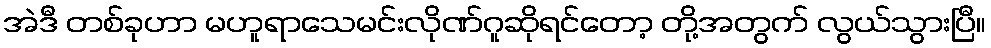
အဲဒီ တစ်ခုဟာ မဟူရာသေမင်းလိုဏ်ဂူဆိုရင်တော့ တို့အတွက် လွယ်သွားပြီ။